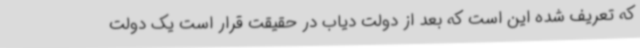
که تعریف شده این است که بعد از دولت دیاب در حقیقت قرار است یک دولت